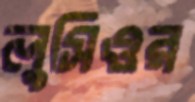
লুসিওর